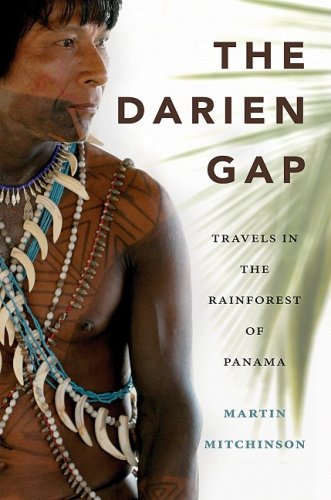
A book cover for The Darien Gap: Travels in the Rainforest of Panama; Martin Mitchinson; Travel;